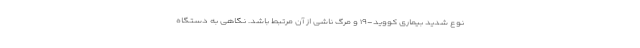
نوع شدید بیماری کووید-۱۹ و مرگ ناشی از آن مرتبط باشد. نگاهی به دستگاه‌